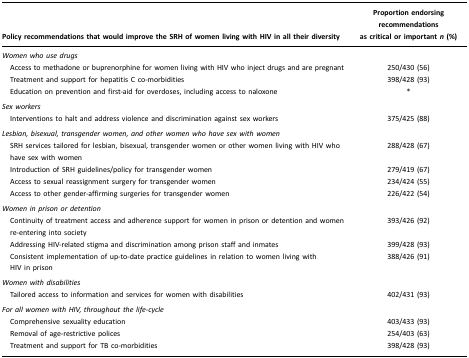
| Policy recommendations that would improve the SRH of women living with HIV in all their diversity | Proportion endorsing recommendations as critical or important n (%) |
 | --- | --- |
 | Women who use drugs |  |
 | Access to methadone or buprenorphine for women living with HIV who inject drugs and are pregnant | 250/430 (56) |
 | Treatment and support for hepatitis C co-morbidities | 398/428 (93) |
 | Education on prevention and first-aid for overdoses, including access to naloxone | * |
 | Sex workers |  |
 | Interventions to halt and address violence and discrimination against sex workers | 375/425 (88) |
 | Lesbian, bisexual, transgender women, and other women who have sex with women |  |
 | SRH services tailored for lesbian, bisexual, transgender women or other women living with HIV who have sex with women | 288/428 (67) |
 | Introduction of SRH guidelines/policy for transgender women | 279/419 (67) |
 | Access to sexual reassignment surgery for transgender women | 234/424 (55) |
 | Access to other gender-affirming surgeries for transgender women | 226/422 (54) |
 | Women in prison or detention |  |
 | Continuity of treatment access and adherence support for women in prison or detention and women re-entering into society | 393/426 (92) |
 | Addressing HIV-related stigma and discrimination among prison staff and inmates | 399/428 (93) |
 | Consistent implementation of up-to-date practice guidelines in relation to women living with HIV in prison | 388/426 (91) |
 | Women with disabilities |  |
 | Tailored access to information and services for women with disabilities | 402/431 (93) |
 | For all women with HIV, throughout the life-cycle |  |
 | Comprehensive sexuality education | 403/433 (93) |
 | Removal of age-restrictive polices | 254/403 (63) |
 | Treatment and support for TB co-morbidities | 398/428 (93) |